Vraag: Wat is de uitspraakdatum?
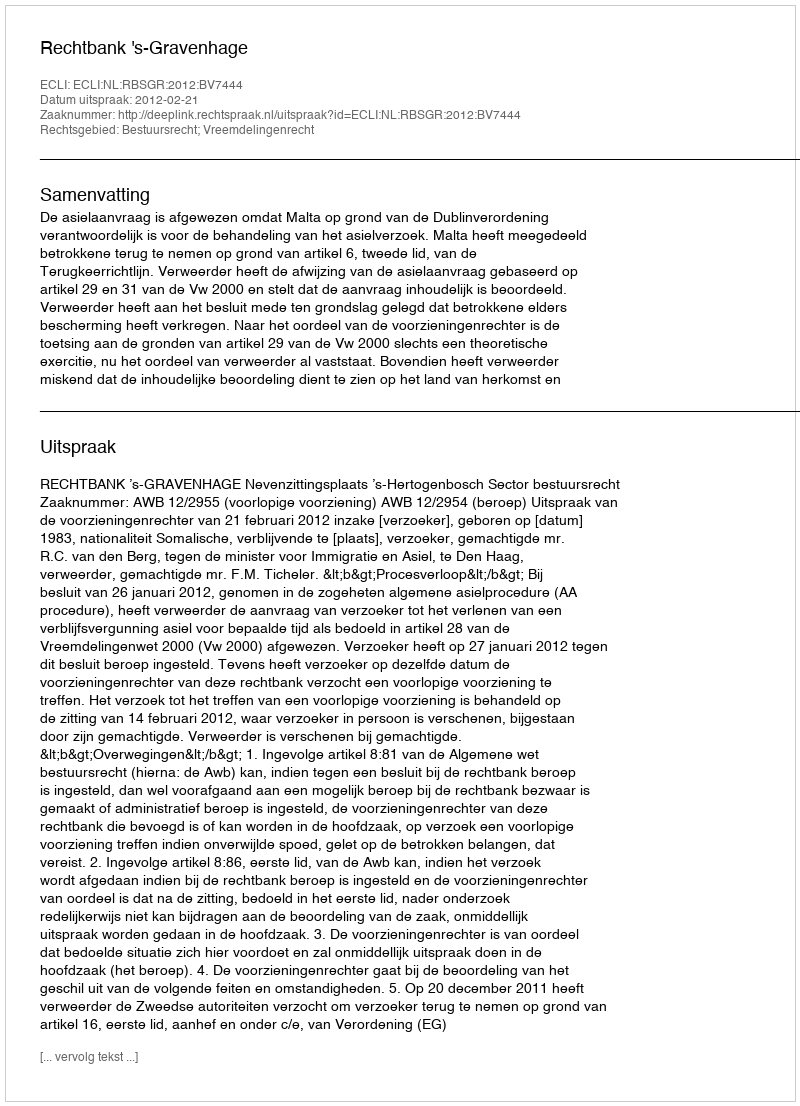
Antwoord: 2012-02-21